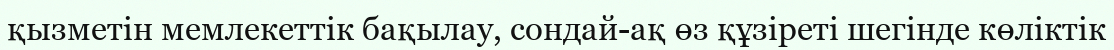
қызметін мемлекеттік бақылау, сондай-ақ өз құзіреті шегінде көліктік